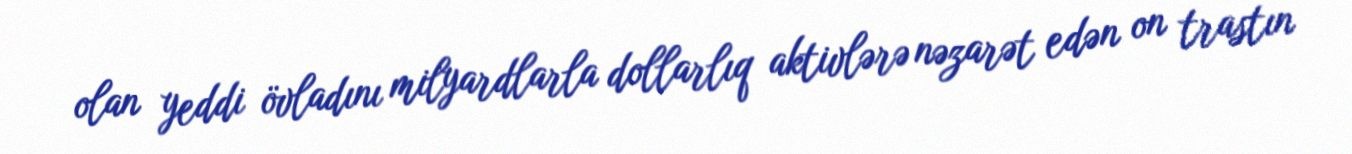
olan yeddi övladını milyardlarla dollarlıq aktivlərə nəzarət edən on trastın